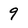
Character: 9